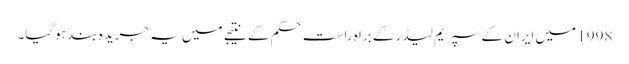
1998 میں ایران کے سپریم لیڈر کے براہ راست حکم کے نتیجے میں یہ جریدہ بند ہوگیا۔